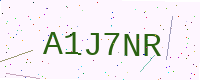
Text: A1J7NR